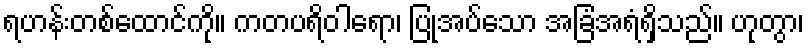
ရဟန်းတစ်ထောင်ကို။ ကတပရိဝါရော၊ ပြုအပ်သော အခြံအရံရှိသည်။ ဟုတွာ၊